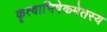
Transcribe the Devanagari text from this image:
कृत्वाभिषेकमेतस्य